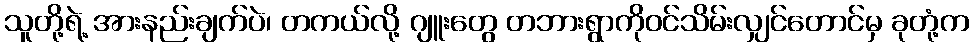
သူတို့ရဲ့ အားနည်းချက်ပဲ၊ တကယ်လို့ ဂျူးတွေ တဘားရွာကိုဝင်သိမ်းလျှင်တောင်မှ ခုတုံ့က